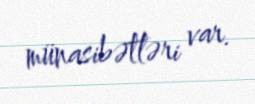
münasibətləri var.